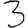
Digit: 3